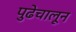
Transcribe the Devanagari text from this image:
पुढेचालून